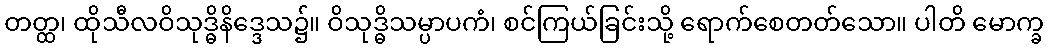
တတ္ထ၊ ထိုသီလဝိသုဒ္ဓိနိဒ္ဒေသ၌။ ဝိသုဒ္ဓိသမ္ပာပကံ၊ စင်ကြယ်ခြင်းသို့ ရောက်စေတတ်သော။ ပါတိ မောက္ခ